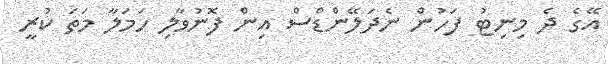
އޭގެ ދެ މިނިޓު ފަހުން ނެދަލޭންޑްސް އިން ފޮނުވާލި ހަމަލާ މަތަ ކުރީ